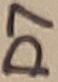
Text: D7